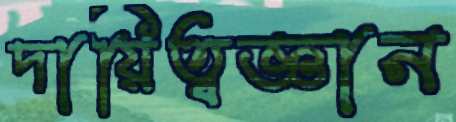
দায়িত্বজ্ঞান